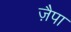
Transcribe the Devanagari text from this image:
ज़ैपा